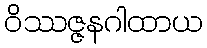
ဝိဿဇ္ဇနဂါထာယ